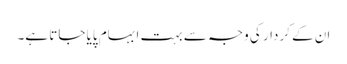
ان کے کردار کی وجہ سے بہت ابہام پایا جاتا ہے۔